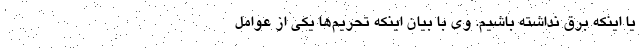
یا اینکه برق نداشته باشیم. وی با بیان اینکه تحریم‌ها یکی از عوامل